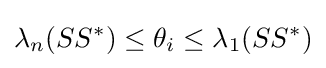
\lambda _{n}(SS^{*})\leq \theta _{i}\leq \lambda _{1}(SS^{*})